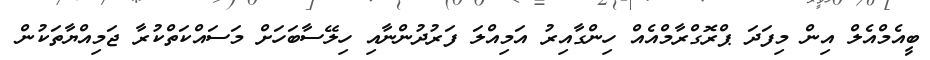
ބީއެމްއެލް އިން މިފަދަ ޕްރޮގްރާމްއެއް ހިންގާއިރު އަމިއްލަ ފަރުދުންނާއި ހިލޭސާބަހަށް މަސައްކަތްކުރާ ޖަމިއްޔާތަކުން